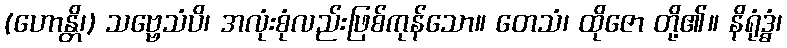
(ဟောန္တိ၊) သဗ္ဗေသံပိ၊ အလုံးစုံလည်းဖြစ်ကုန်သော။ တေသံ၊ ထိုဇော တို့၏။ နိရုံဒ္ဓံ၊